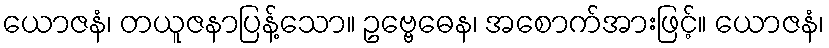
ယောဇနံ၊ တယူဇနာပြန့်သော။ ဥဗ္ဗေဓေန၊ အစောက်အားဖြင့်။ ယောဇနံ၊